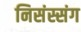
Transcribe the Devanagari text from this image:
निसंस्संग